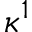
\kappa ^ { 1 }